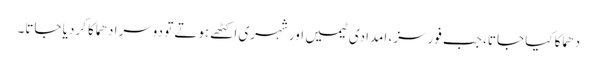
دھماکا کیا جاتا، جب فورسز، امدادی ٹیمیں اور شہری اکٹھے ہوتے تو دوسرا دھماکا کردیا جاتا۔